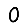
Digit: 0